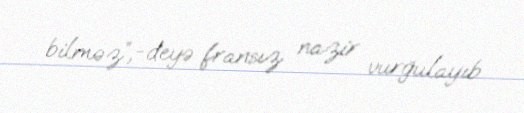
bilməz”,-deyə fransız nazir vurğulayıb.